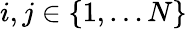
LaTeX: i,j\in\lbrace 1,\ldots N\rbrace